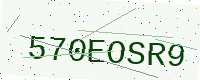
Text: 570EOSR9